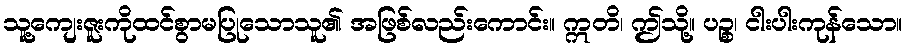
သူ့ကျေးဇူးကိုထင်စွာမပြုသောသူ၏ အဖြစ်လည်းကောင်း။ ဣတိ၊ ဤသို့။ ပဉ္စ၊ ငါးပါးကုန်သော။